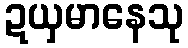
ဍယှမာနေသု